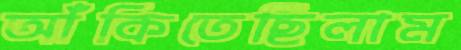
আঁকিতেছিলাম